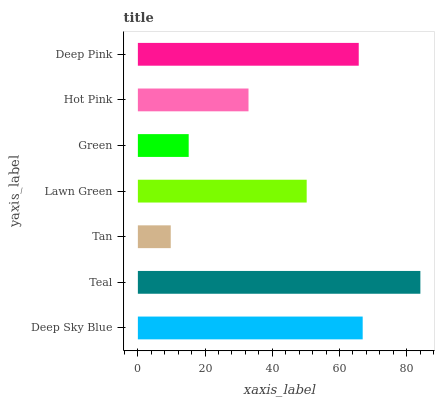
| yaxis_label | bars |
 | --- | --- |
 | Deep Sky Blue | 66.9 |
 | Teal | 84.1 |
 | Tan | 9.79 |
 | Lawn Green | 50.2 |
 | Green | 15.1 |
 | Hot Pink | 32.9 |
 | Deep Pink | 65.7 |